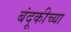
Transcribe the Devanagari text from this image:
बंदूकीच्या